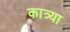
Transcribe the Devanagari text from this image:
कात्र्या